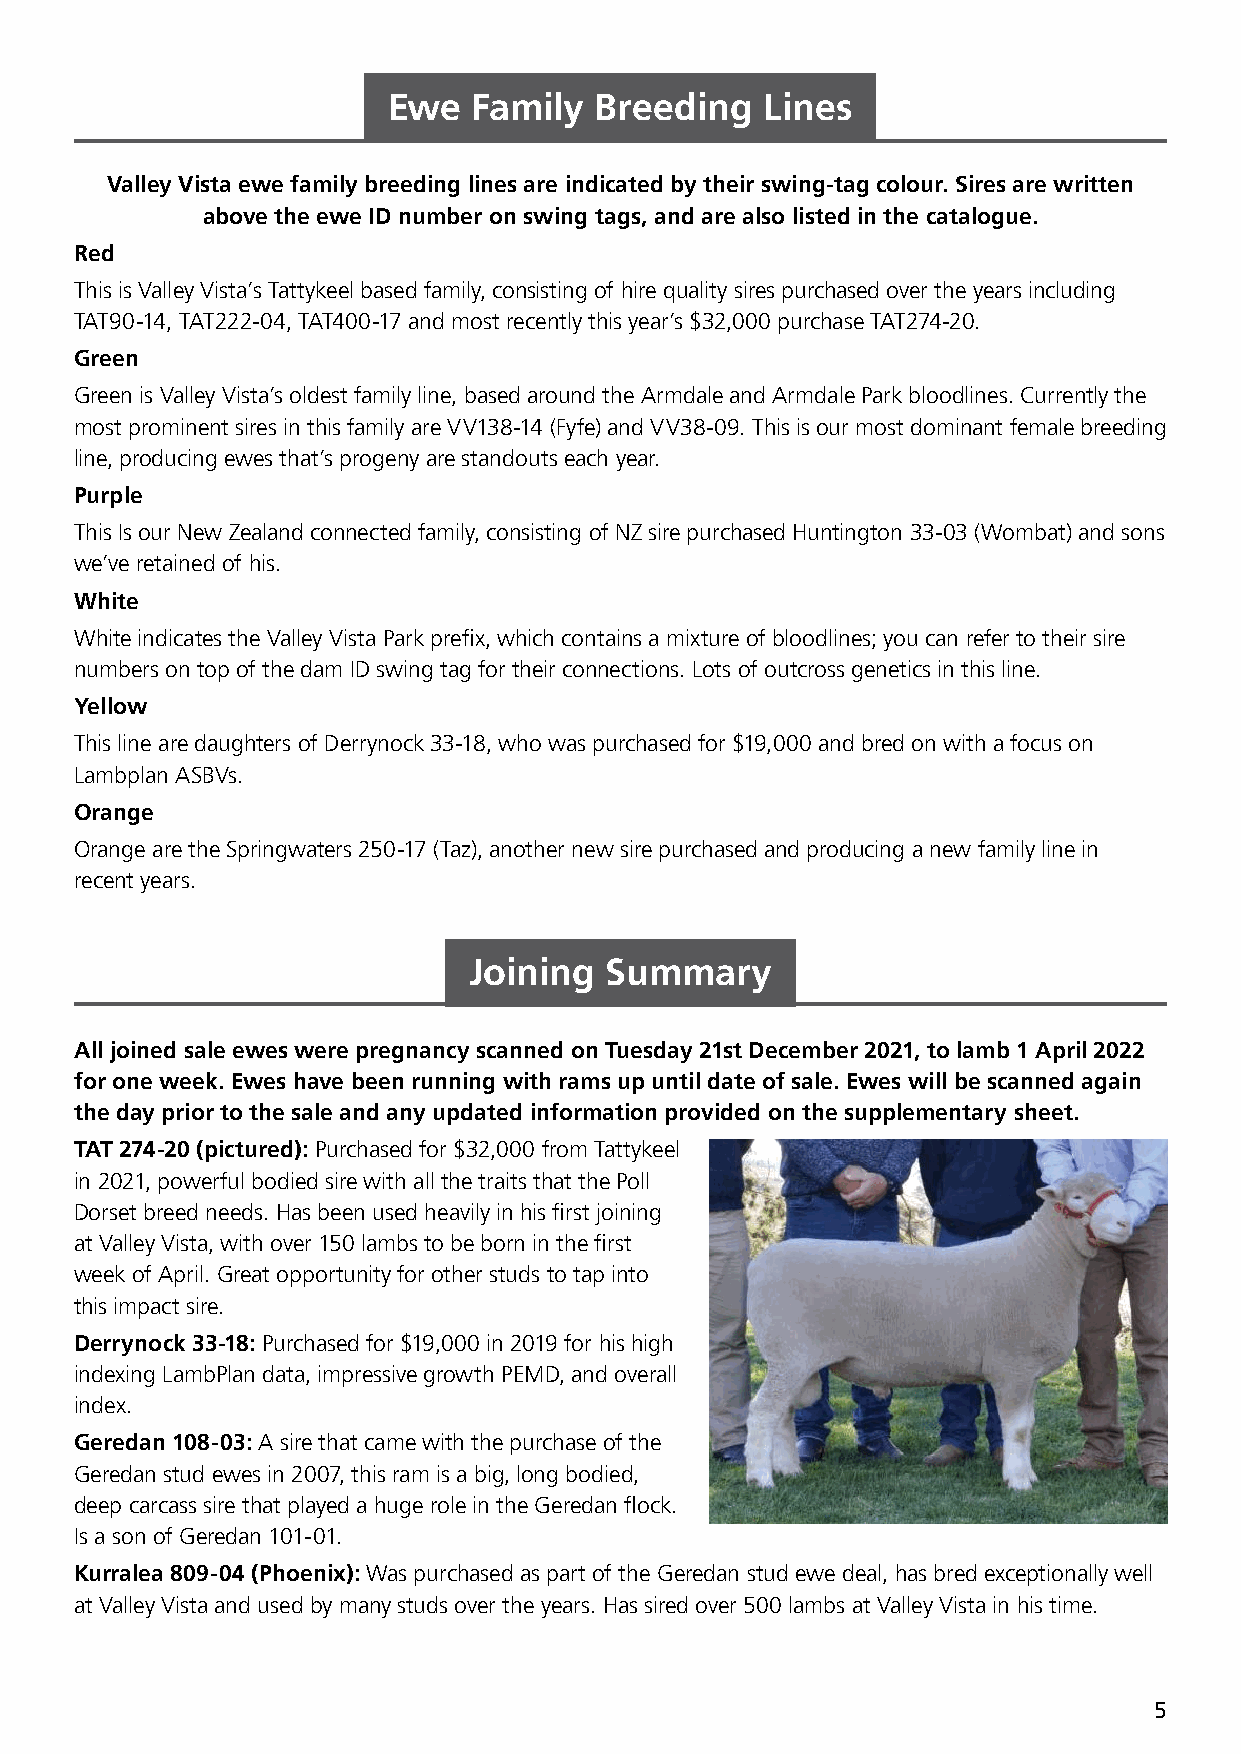
Ewe  Family  Breeding    Lines
 Valley Vista ewe family breeding lines are indicated by their swing-tag colour. Sires are written
 above the ewe ID number on swing tags, and are also listed in the catalogue.
 Red
 This is Valley Vista’s Tattykeel based family, consisting of hire quality sires purchased over the years including
 TAT90-14, TAT222-04, TAT400-17 and most recently this year’s $32,000 purchase TAT274-20.
 Green
 Green is Valley Vista’s oldest family line, based around the Armdale and Armdale Park bloodlines. Currently the
 most prominent sires in this family are VV138-14 (Fyfe) and VV38-09. This is our most dominant female breeding
 line, producing ewes that’s progeny are standouts each year.
 Purple
 This Is our New Zealand connected family, consisting of NZ sire purchased Huntington 33-03 (Wombat) and sons
 we’ve retained of his.
 White
 White indicates the Valley Vista Park prefix, which contains a mixture of bloodlines; you can refer to their sire
 numbers on top of the dam ID swing tag for their connections. Lots of outcross genetics in this line.
 Yellow
 This line are daughters of Derrynock 33-18, who was purchased for $19,000 and bred on with a focus on
 Lambplan ASBVs.
 Orange
 Orange are the Springwaters 250-17 (Taz), another new sire purchased and producing a new family line in
 recent years.
 Joining  Summary
 All joined sale ewes were pregnancy scanned on Tuesday 21st December 2021, to lamb 1 April 2022
 for one week. Ewes have been running with rams up until date of sale. Ewes will be scanned again
 the day prior to the sale and any updated information provided on the supplementary sheet.
 TAT 274-20 (pictured): Purchased for $32,000 from Tattykeel
 in 2021, powerful bodied sire with all the traits that the Poll
 Dorset breed needs. Has been used heavily in his first joining
 at Valley Vista, with over 150 lambs to be born in the first
 week of April. Great opportunity for other studs to tap into
 this impact sire.
 Derrynock 33-18: Purchased for $19,000 in 2019 for his high
 indexing LambPlan data, impressive growth PEMD, and overall
 index.
 Geredan 108-03: A sire that came with the purchase of the
 Geredan stud ewes in 2007, this ram is a big, long bodied,
 deep carcass sire that played a huge role in the Geredan flock.
 Is a son of Geredan 101-01.
 Kurralea 809-04 (Phoenix): Was purchased as part of the Geredan stud ewe deal, has bred exceptionally well
 at Valley Vista and used by many studs over the years. Has sired over 500 lambs at Valley Vista in his time.
 5